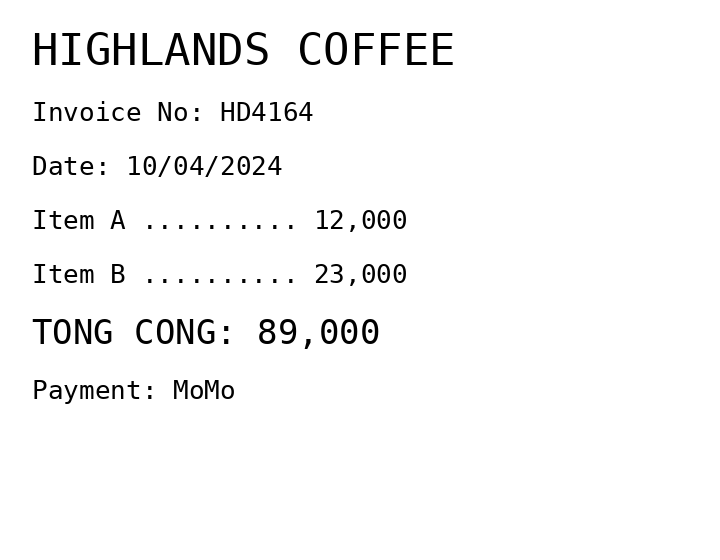
HIGHLANDS COFFEE
Invoice No: HD4164
Date: 10/04/2024
Item A .......... 12,000
Item B .......... 23,000
TONG CONG: 89,000
Payment: MoMo
Merchant: highlands coffee
Date: 2024-04-10
Total: 89000
Invoice No: HD4164
Payment method: MOMO